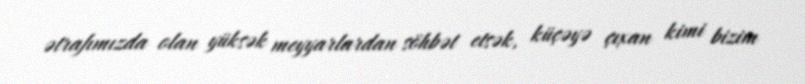
ətrafımızda olan yüksək meyyarlardan söhbət etsək, küçəyə çıxan kimi bizim